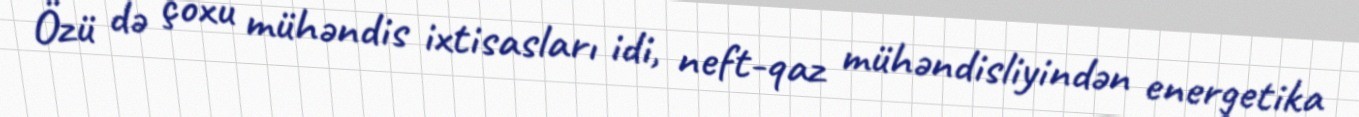
Özü də çoxu mühəndis ixtisasları idi, neft-qaz mühəndisliyindən energetika